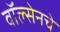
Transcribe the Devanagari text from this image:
वॉल्सेनचे